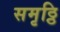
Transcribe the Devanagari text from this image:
समृठ्ठि